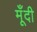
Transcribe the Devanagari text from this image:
मूँदी